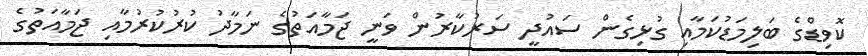
ކޮވިޑްގެ ބަލިމަޑުކަމާއި ގުޅިގެން ސައުދީ ސަރުކާރުން ވަނީ ޖަމާއަތުގެ ނަމާދު ކުރުކުރުމާއި ޖަމާއަތުގެ